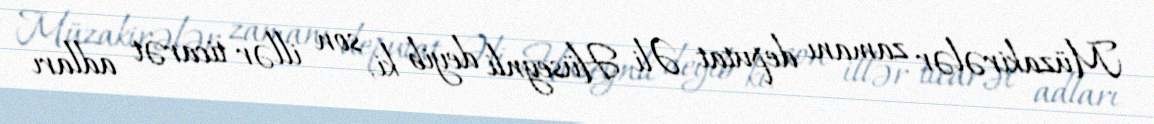
Müzakirələr zamanı deputat Əli Hüseynli deyib ki, son illər ticarət adları